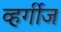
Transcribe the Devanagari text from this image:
व्हर्गीज